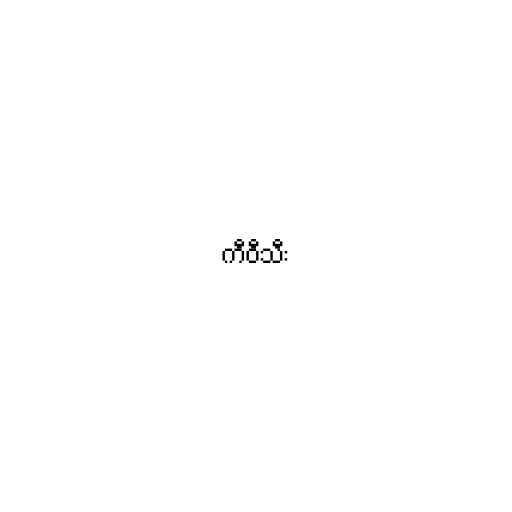
ကီဝီသီး